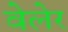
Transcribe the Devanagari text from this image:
वेलेर